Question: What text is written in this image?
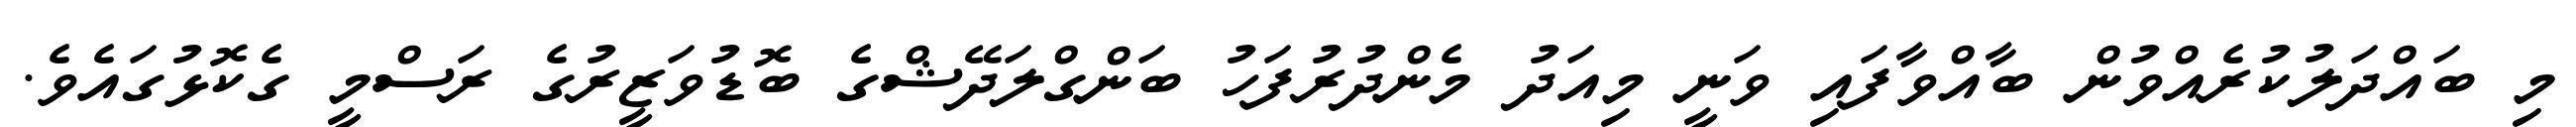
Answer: މި ބައްދަލުކުރެއްވުން ބާއްވާފައި ވަނީ މިއަދު މެންދުރުފަހު ބަންގްލަދޭޝްގެ ބޮޑުވަޒީރުގެ ރަސްމީ ގެކޮޅުގައެވެ.